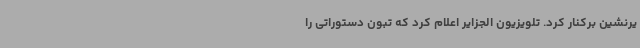
یرنشین برکنار کرد. تلویزیون الجزایر اعلام کرد که تبون دستوراتی را